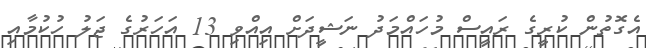
އެގޮތުން ކުރީގެ ރައީސް މުހައްމަދު ނަޝީދަށް އިއްވި 13 އަހަރުގެ ޖަލު ހުކުމާއި